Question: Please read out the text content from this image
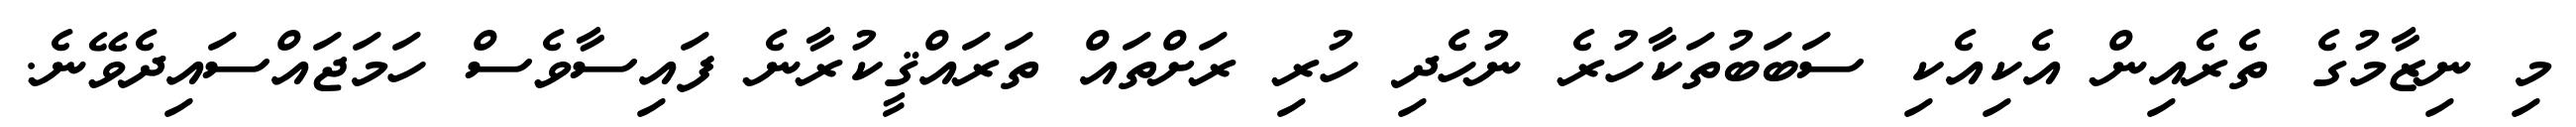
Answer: މި ނިޒާމުގެ ތެރެއިން އެކިއެކި ސަބަބުތަކާހުރެ ނުހެދި ހުރި ރަށްތައް ތަރައްޤީކުރާނެ ފައިސާވެސް ހަމަޖައްސައިދެވޭނެ.